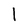
Character: l